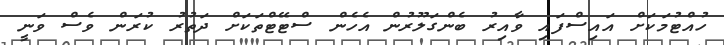
ހުއްޓުމަކަށް އައިސްފައި ވާއިރު ބެންގަލޫރުން އެހެން ސްޓޭޓްތަކަށް ދަތުރު ކުރަން ވެސް ވަނީ